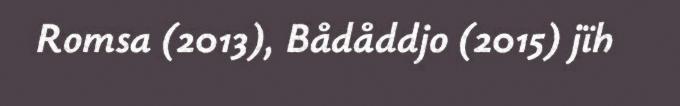
Romsa (2013), Bådåddjo (2015) jïh